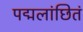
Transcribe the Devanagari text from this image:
पद्मलांछितं